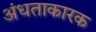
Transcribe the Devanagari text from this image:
अंधताकारक